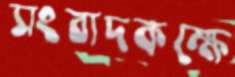
সংবাদকক্ষে